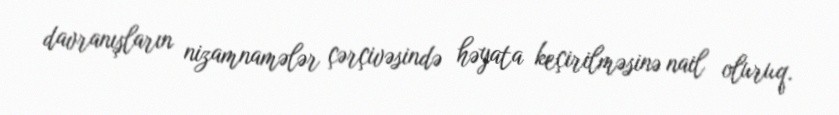
davranışların nizamnamələr çərçivəsində həyata keçirilməsinə nail oluruq.